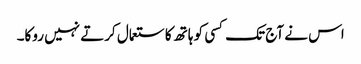
اس نے آج تک کسی کو ہاتھ کا ستعمال کرتے نہیں روکا۔